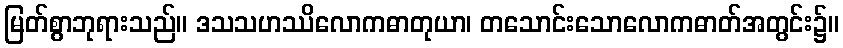
မြတ်စွာဘုရားသည်။ ဒသသဟဿိလောကဓာတုယာ၊ တသောင်းသောလောကဓာတ်အတွင်း၌။